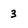
Character: 3